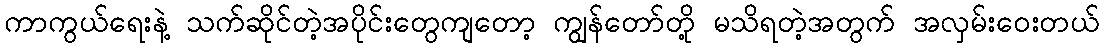
ကာကွယ်ရေးနဲ့ သက်ဆိုင်တဲ့အပိုင်းတွေကျတော့ ကျွန်တော်တို့ မသိရတဲ့အတွက် အလှမ်းဝေးတယ်